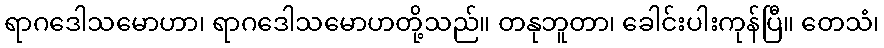
ရာဂဒေါသမောဟာ၊ ရာဂဒေါသမောဟတို့သည်။ တနုဘူတာ၊ ခေါင်းပါးကုန်ပြီ။ တေသံ၊